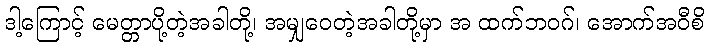
ဒါ့ကြောင့် မေတ္တာပို့တဲ့အခါတို့၊ အမျှဝေတဲ့အခါတို့မှာ အ ထက်ဘဝဂ်၊ အောက်အဝီစိ